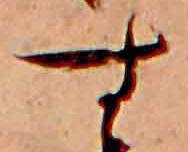
す